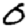
Digit: 0